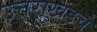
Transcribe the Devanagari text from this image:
उत्तराखंडचे